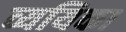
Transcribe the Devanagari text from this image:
व्ययिका